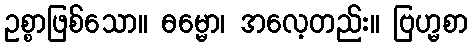
ဥစ္စာဖြစ်သော။ ဓမ္မော၊ အလေ့တည်း။ ဗြဟ္မစာ